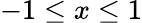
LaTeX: -1\leq x\leq 1